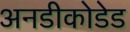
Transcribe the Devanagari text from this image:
अनडीकोडेड